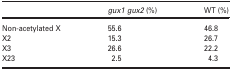
<table><thead><tr><td></td><td><b><i>gux1 gux2</i> (%)</b></td><td><b>WT (%)</b></td></tr></thead><tbody><tr><td>Non-acetylated X</td><td>55.6</td><td>46.8</td></tr><tr><td>X2</td><td>15.3</td><td>26.7</td></tr><tr><td>X3</td><td>26.6</td><td>22.2</td></tr><tr><td>X23</td><td>2.5</td><td>4.3</td></tr></tbody></table>